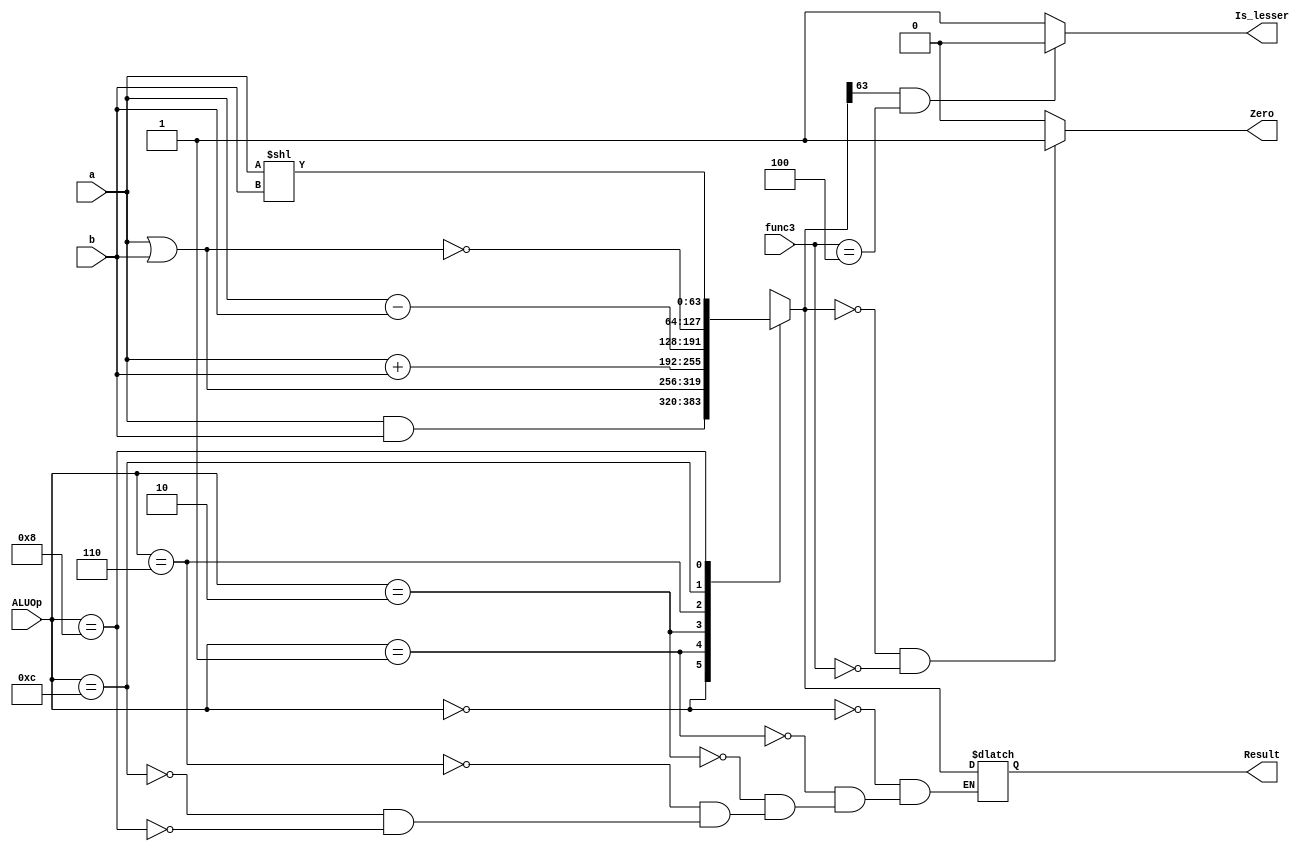
`timescale 1ns / 1ps
//////////////////////////////////////////////////////////////////////////////////
// Company: 
// Engineer: 
// 
// Design Name: 
// Module Name: ALU_64_bit
// Project Name: 
// Target Devices: 
// Tool Versions: 
// Description: 
// 
// Dependencies: 
// 
// Revision:
// Revision 0.01 - File Created
// Additional Comments:
// 
//////////////////////////////////////////////////////////////////////////////////


module ALU_64_bit_3

(
	input [63:0] a,
	input [63:0] b,
	input [3:0] ALUOp,
	input [2:0]func3,
	output reg [63:0] Result,
	output reg Zero,
    output reg Is_lesser
);


always @(*)
begin

    case (ALUOp)

            4'b0000: Result = a & b;
            4'b0001: Result = a | b;
            4'b0010: Result = a + b;
            4'b0110: Result = a - b;
            4'b1100: Result = ~(a | b);
            4'b1000: Result = a << b;
        endcase

    if (Result == 64'd0 && (func3 == 3'b000))
        Zero = 1'b1;
    
    else
        Zero = 1'b0;

    Is_lesser = (Result[63]==1 && func3 == 3'b100)  ? 1'b0 : 1'b1;
end

endmodule

module Adder
(
	input [63:0] a,b,
	output reg [63:0] out
);

	
	
	always @ (a or b)
		out=a+b;

endmodule